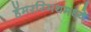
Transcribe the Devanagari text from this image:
हॅमरस्मिथमध्ये